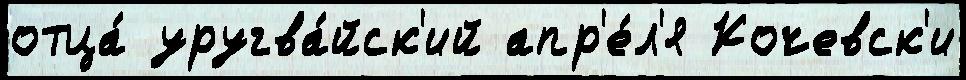
отца́ уругва́йск'ий апр'е́л'я Кочевск'и